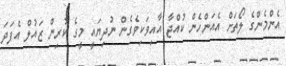
އެންމެންގެ ލޯތަށް އެއަންހެން ކުއްޖާ އާއިވަކިވެގެން ނުދިޔައީ މީގެ ކުރިން ޒައުލް އެފަދަ